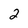
Character: 2